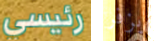
رئيسي يزفر